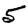
Digit: 5